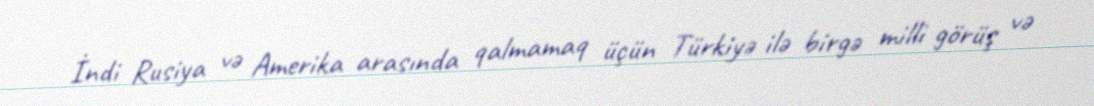
İndi Rusiya və Amerika arasında qalmamaq üçün Türkiyə ilə birgə milli görüş və